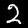
Digit: 2